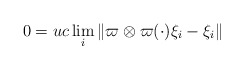
\begin{align*}0=uc\lim_i\|\varpi\otimes\varpi(\cdot)\xi_i-\xi_i\|\end{align*}